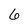
Character: 6